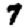
Digit: 7